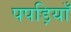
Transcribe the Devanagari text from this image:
पपड़ियाँ